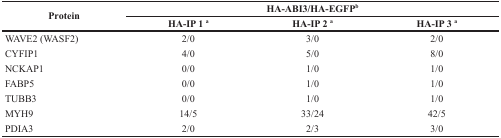
<table><thead><tr><td rowspan="2"><b>Protein</b></td><td colspan="3"><b>HA-ABI3/HA-EGFP<sup>b</sup></b></td></tr><tr><td><b>HA-IP 1<sup>a</sup></b></td><td><b>HA-IP 2<sup>a</sup></b></td><td><b>HA-IP 3<sup>a</sup></b></td></tr></thead><tbody><tr><td>WAVE2 (WASF2)</td><td>2/0</td><td>3/0</td><td>2/0</td></tr><tr><td>CYFIP1</td><td>4/0</td><td>5/0</td><td>8/0</td></tr><tr><td>NCKAP1</td><td>0/0</td><td>1/0</td><td>1/0</td></tr><tr><td>FABP5</td><td>0/0</td><td>1/0</td><td>1/0</td></tr><tr><td>TUBB3</td><td>0/0</td><td>1/0</td><td>1/0</td></tr><tr><td>MYH9</td><td>14/5</td><td>33/24</td><td>42/5</td></tr><tr><td>PDIA3</td><td>2/0</td><td>2/3</td><td>3/0</td></tr></tbody></table>